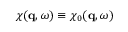
\chi ( \mathbf { q } , \omega ) \equiv \chi _ { 0 } ( \mathbf { q } , \omega )